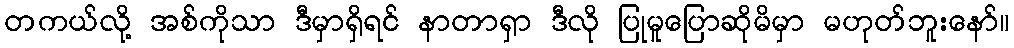
တကယ်လို့ အစ်ကိုသာ ဒီမှာရှိရင် နာတာရှာ ဒီလို ပြုမူပြောဆိုမိမှာ မဟုတ်ဘူးနော်။